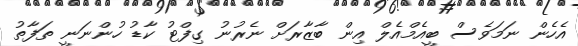
އެހެން ނަމަވެސް ބީއެމްއެލް އިން ބާޒާރަށް ނެރުނު ގިފްޓު ކާޑު ހުންނަނީ ތަފާތު